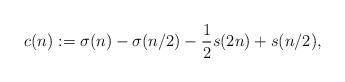
LaTeX: \begin{align*}c(n) := \sigma (n) - \sigma (n/2) - \frac 12 s(2n) + s(n/2),\end{align*}